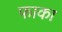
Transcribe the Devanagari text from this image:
फाका